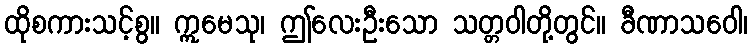
ထိုစကားသင့်စွ။ ဣမေသု၊ ဤလေးဦးသော သတ္တဝါတို့တွင်။ ခီဏာသဝေါ၊